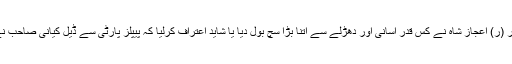
جیسے ہمارے وفاقی وزیر داخلہ جناب بریگیڈیئر (ر) اعجاز شاہ نے کس قدر آسانی اور دھڑلے سے اتنا بڑا سچ بول دیا یا شاید اعتراف کرلیا کہ پیپلز پارٹی سے ڈیل کیانی صاحب نے کی اور ق لیگ کو پیپلز پارٹی کو جتوایا بھی۔